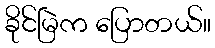
ခိုင်မြဲက ပြောတယ်။